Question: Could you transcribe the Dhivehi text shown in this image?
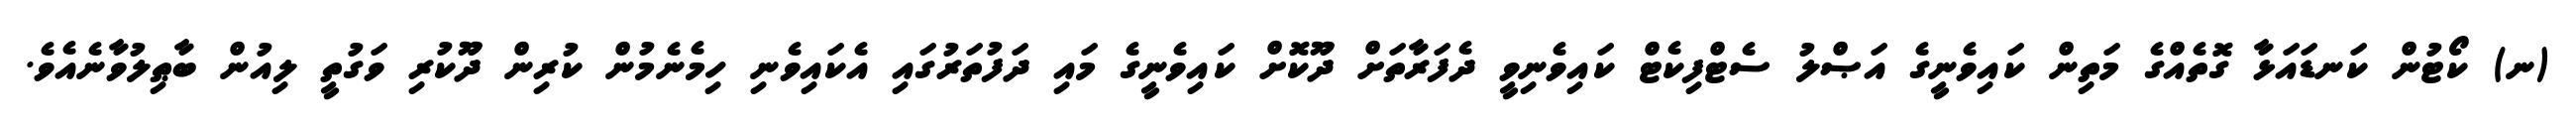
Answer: (ނ) ކޯޓުން ކަނޑައަޅާ ގޮތެއްގެ މަތިން ކައިވެނީގެ އަޞްލު ސެޓްފިކެޓް ކައިވެނިވީ ދެފަރާތަށް ދޫކޮށް ކައިވެނީގެ މައި ދަފުތަރުގައި އެކައިވެނި ހިމެނެމުން ކުރިން ދޫކުރި ވަގުތީ ލިއުން ބާޠިލުވާނެއެވެ.